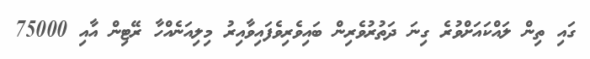
ގައި ތިން ލައްކައަށްވުރެ ގިނަ ދަތުރުވެރިން ބައިވެރިވެފައިވާއިރު މިލިއަނެއްހާ ރޭޓިން އާއި 75000